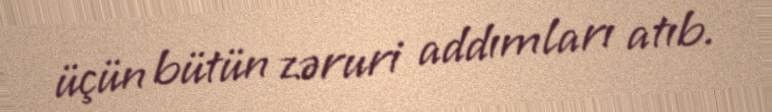
üçün bütün zəruri addımları atıb.